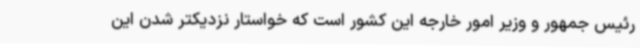
رئیس جمهور و وزیر امور خارجه این کشور است که خواستار نزدیکتر شدن این